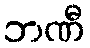
ဘဏီ